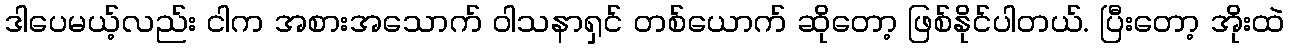
ဒါပေမယ့်လည်း ငါက အစားအသောက် ဝါသနာရှင် တစ်ယောက် ဆိုတော့ ဖြစ်နိုင်ပါတယ်. ပြီးတော့ အိုးထဲ